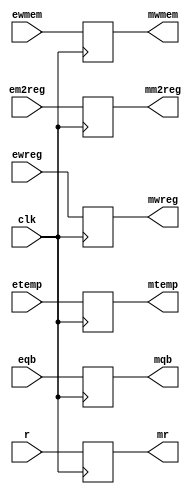
`timescale 1ns / 1ps
//////////////////////////////////////////////////////////////////////////////////
// Company: 
// Engineer: 
// 
// Design Name: 
// Module Name: EXEMEM
// Project Name: 
// Target Devices: 
// Tool Versions: 
// Description: 
// 
// Dependencies: 
// 
// Revision:
// Revision 0.01 - File Created
// Additional Comments:
// 
//////////////////////////////////////////////////////////////////////////////////


module EXEMEM(clk,ewreg,em2reg,ewmem,etemp,r,eqb,mwreg,mm2reg,mwmem,mtemp,mr,mqb);
    input clk;
    input ewreg;
    input em2reg;
    input ewmem;
    input [4:0] etemp;
    input [31:0] r;
    input [31:0] eqb;
    output reg mwreg;
    output reg mm2reg;
    output reg mwmem;
    output reg [4:0] mtemp;
    output reg [31:0] mr;
    output reg [31:0] mqb;
    always @(posedge clk) begin
    mwreg <= ewreg;
    mm2reg <= em2reg;
    mwmem <= ewmem;
    mtemp <= etemp;
    mr <= r;
    mqb <= eqb;
    end
endmodule